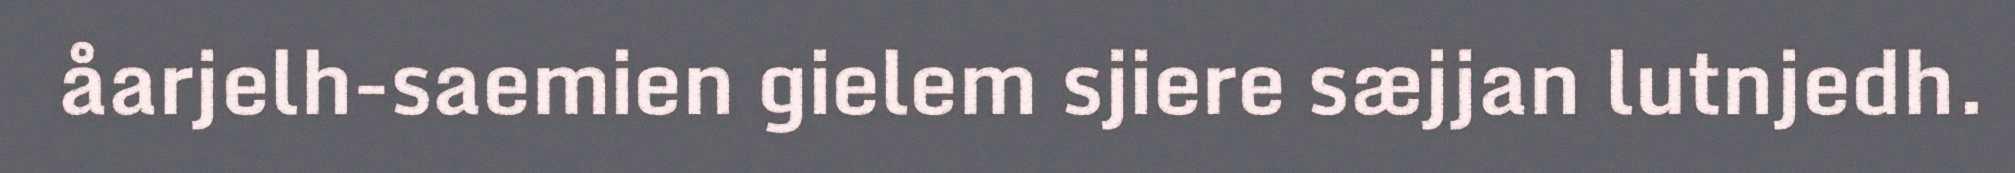
åarjelh-saemien gielem sjiere sæjjan lutnjedh.